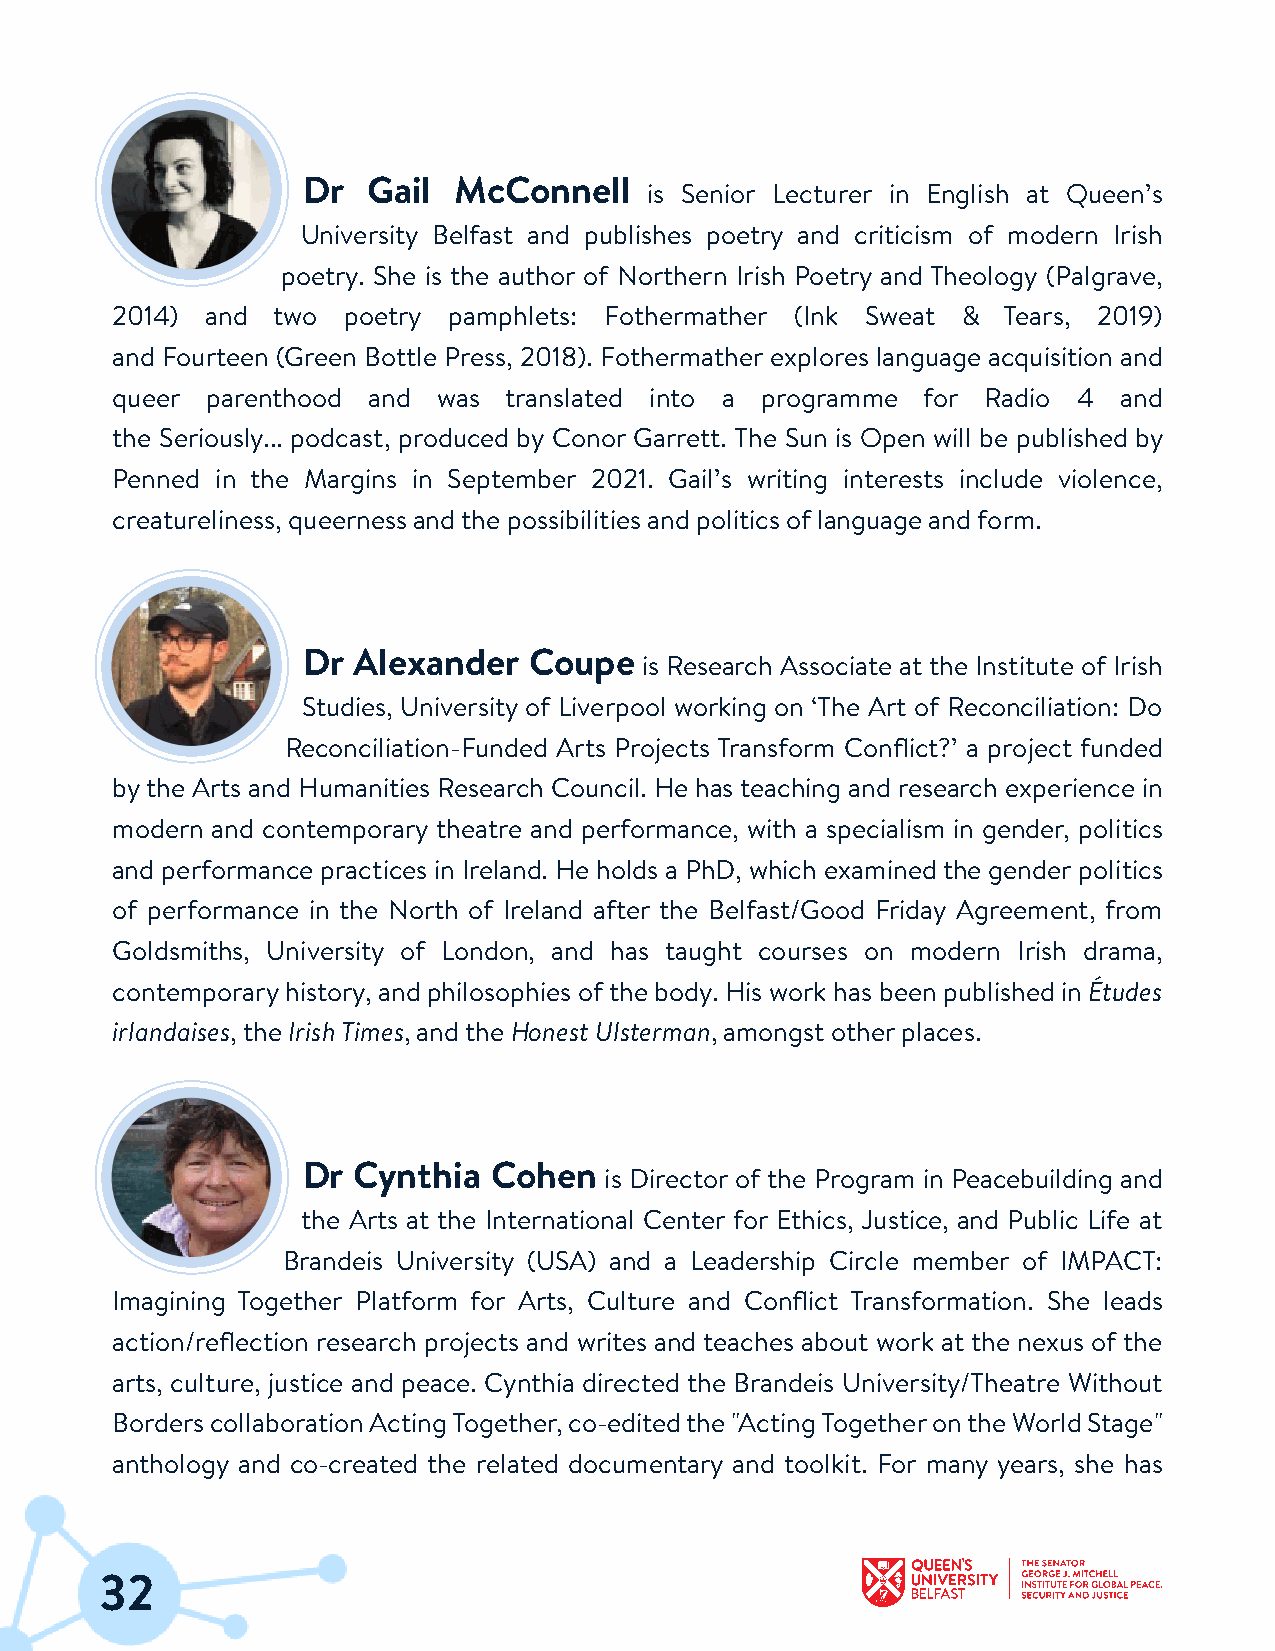
Dr  Gail  McConnell
 is Senior Lecturer in English at Queen’s
 University Belfast and publishes poetry and criticism of modern Irish
 poetry. She is the author of Northern Irish Poetry and Theology (Palgrave,
 2014)  and two  poetry pamphlets: Fothermather (Ink Sweat & Tears, 2019)
 and Fourteen (Green Bottle Press, 2018). Fothermather explores language acquisition and
 queer  parenthood and was translated into a programme for Radio 4  and
 the Seriously... podcast, produced by Conor Garrett. The Sun is Open will be published by
 Penned in the Margins in September 2021. Gail’s writing interests include violence,
 creatureliness, queerness andthe possibilities and politics of language andform.
 Dr Alexander   Coupe
 is Research Associate at the Institute of Irish
 Studies, University of Liverpool working on ‘The Art of Reconciliation: Do
 Reconciliation-Funded Arts Projects Transform Conflict?’ a project funded
 bythe Arts and Humanities Research Council. He has teaching and research experience in
 modern and contemporary theatre and performance, with a specialism in gender, politics
 and performance practices in Ireland. He holds a PhD, which examined the gender politics
 of performance in the North of Ireland after the Belfast/Good Friday Agreement, from
 Goldsmiths, University of London, and has taught courses on modern Irish drama,
 contemporaryhistory, and philosophies ofthe body. His work has been published in Études
 irlandaises,the IrishTimes, andthe Honest Ulsterman, amongst otherplaces.
 Dr Cynthia  Cohen
 is Director of the Program in Peacebuilding and
 the Arts at the International Center for Ethics, Justice, and Public Life at
 Brandeis University (USA) and a Leadership Circle member of IMPACT:
 Imagining Together Platform for Arts, Culture and Conflict Transformation. She leads
 action/reflection research projects and writes and teaches about work at the nexus of the
 arts, culture, justice and peace. Cynthia directed the Brandeis University/Theatre Without
 BorderscollaborationActingTogether,co-editedthe"ActingTogetherontheWorldStage"
 anthology and co-created the related documentary and toolkit. For many years, she has
 32